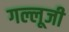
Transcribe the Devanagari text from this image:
गल्लूजी